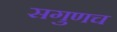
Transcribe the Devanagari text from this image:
सगुणच